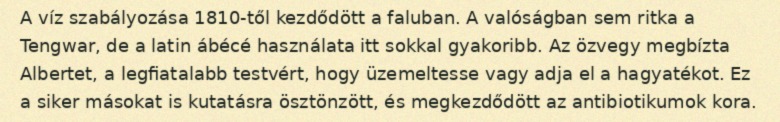
A víz szabályozása 1810-től kezdődött a faluban. A valóságban sem ritka a Tengwar, de a latin ábécé használata itt sokkal gyakoribb. Az özvegy megbízta Albertet, a legfiatalabb testvért, hogy üzemeltesse vagy adja el a hagyatékot. Ez a siker másokat is kutatásra ösztönzött, és megkezdődött az antibiotikumok kora.